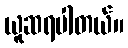
ယူဆရပါတယ်။